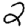
Digit: 2